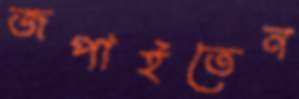
জপাইতেন